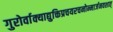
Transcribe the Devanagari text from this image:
गुरोर्वाक्याद्युक्तिप्रचयरचनोन्मार्जनवशात्